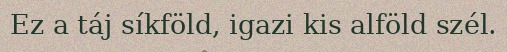
Ez a táj síkföld, igazi kis alföld szél.